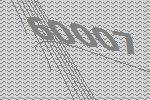
60007